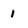
Character: 1